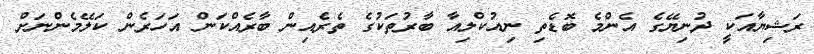
ރަޝިޔާއަކީ ދުނިޔޭގެ އެންމެ ބޮޑެތި ނިއުކްލިއާ ބާރުތަކުގެ ތެރެއިން ބާރެއްކަން އަހަރެން ކަލޭމެންނަށް